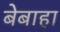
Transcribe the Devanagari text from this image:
बेबाहा